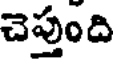
చెప్తుంది